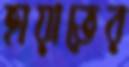
হায়াতের